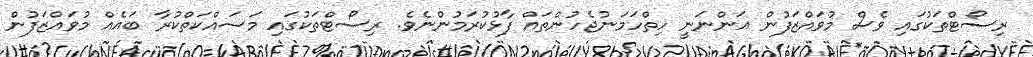
ރިސޯޓްތަކުގައި ވެސް މުވައްޒަފުން އަންނަނީ ހިތްހަމަނުޖެހުންތައް ފާޅުކުރަމުންނެވެ. ރިސޯޓްތަކުގައި މަސައްކަތްކުރާ ބައެއް މުވައްޒަފުން